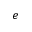
e